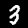
Label: 3